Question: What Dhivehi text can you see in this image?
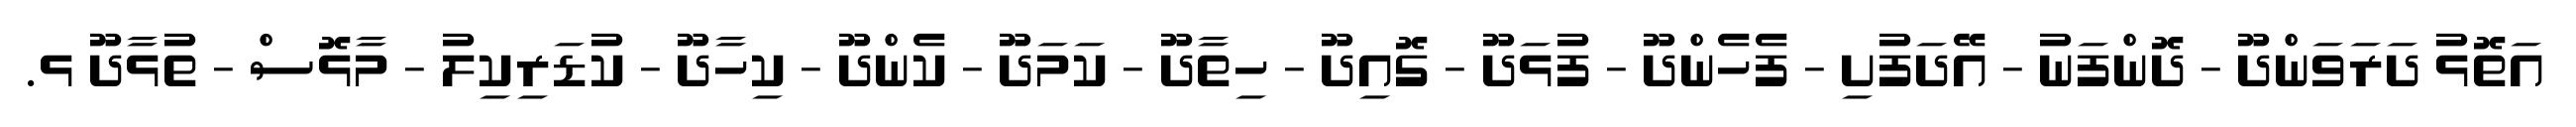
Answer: އަތޮޅު ދަރަވަންދޫ - ދޮންފަނު - އޭދަފުށި - ފެހެންދޫ - ފުޅަދޫ - ގޮއިދޫ - ހިތާދޫ - ކަމަދޫ - ކެންދޫ - ކިހާދޫ - ކުޑަރިކިލު - މާޅޮސް - ތުޅާދޫ ޅ.